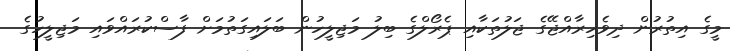
މީގެ އިތުރުން ދިވެހިރާއްޖޭގެ ޖަލުތަކާއި ޕެރޯލްގެ ބިލު މަޖިލީހުން ބަލައިގަތުމަށް ފާސްކުރައްވައި މަޖިލީހުގެ